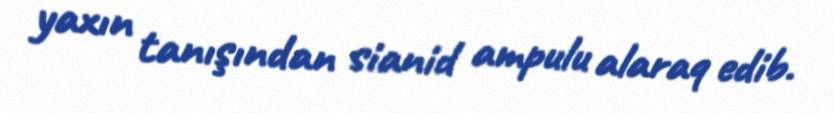
yaxın tanışından sianid ampulu alaraq edib.